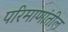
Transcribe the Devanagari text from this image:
परिमाणांतील